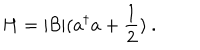
H = | { \cal B } | ( a ^ { \dagger } a + \frac { 1 } { 2 } ) ~ .